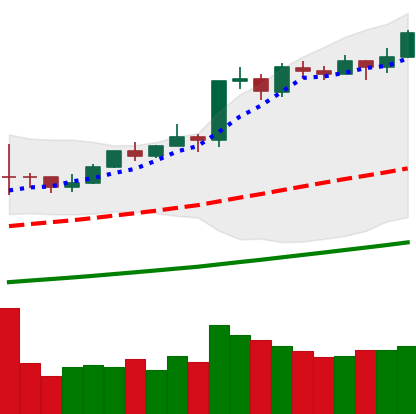
Ticker: BTC-USD
Chart end date: 2021-02-17
Forward return: 3.947%
Label: up_3_5